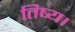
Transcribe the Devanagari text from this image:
तिष्य।